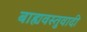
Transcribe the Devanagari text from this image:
बाह्यवस्तुवादी